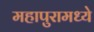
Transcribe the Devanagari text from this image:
महापुरामध्ये